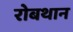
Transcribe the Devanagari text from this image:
रोबथान